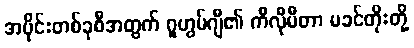
အပိုင်းတစ်ခုစီအတွက် ဂူဟွမ်ဂျီ၏ ကီလီုမီတာ မခင်တိုးတို့